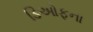
ડિઓફના